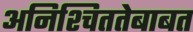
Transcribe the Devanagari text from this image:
अनिश्चिततेबाबत